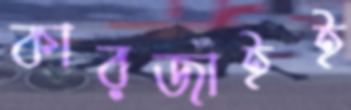
কারজাইই